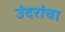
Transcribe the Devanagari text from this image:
उंदरांचा